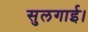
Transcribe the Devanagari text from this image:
सुलगाई।